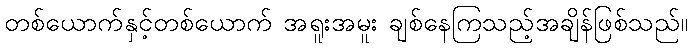
တစ်ယောက်နှင့်တစ်ယောက် အရူးအမူး ချစ်နေကြသည့်အချိန်ဖြစ်သည်။